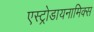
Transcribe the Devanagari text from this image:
एस्ट्रोडायनामिक्स